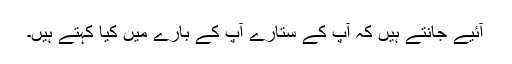
آئیے جانتے ہیں کہ آپ کے ستارے آپ کے بارے میں کیا کہتے ہیں۔